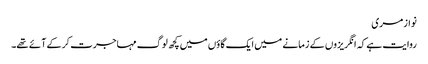
نواز مری
روایت ہے کہ انگریزوں کے زمانے میں ایک گاؤں میں کچھ لوگ مہاجرت کر کے آئے تھے۔